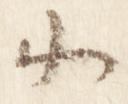
小